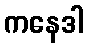
ကနေဒါ